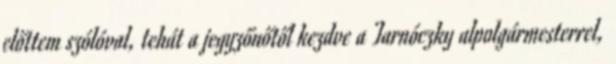
előttem szólóval, tehát a jegyzőnőtől kezdve a Tarnóczky alpolgármesterrel,